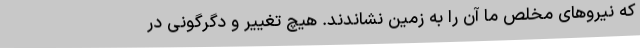
که نیروهای مخلص ما آن را به زمین نشاندند. هیچ تغییر و دگرگونی در